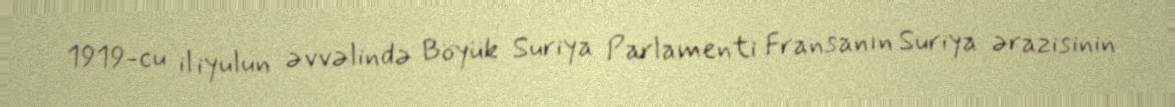
1919-cu il iyulun əvvəlində Böyük Suriya Parlamenti Fransanın Suriya ərazisinin